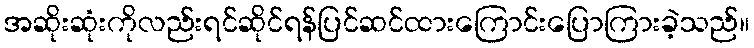
အဆိုးဆုံးကိုလည်းရင်ဆိုင်ရန်ပြင်ဆင်ထားကြောင်းပြောကြားခဲ့သည်။